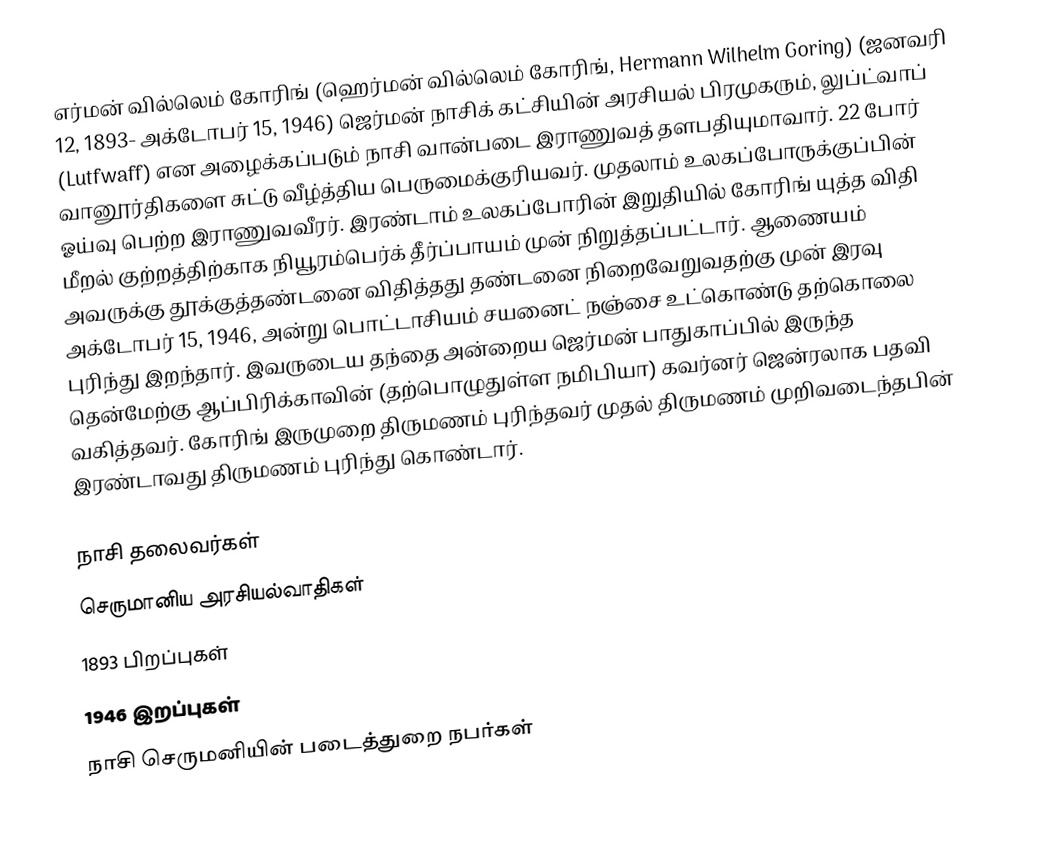
எர்மன் வில்லெம் கோரிங் (ஹெர்மன் வில்லெம் கோரிங், Hermann Wilhelm Goring) (ஜனவரி 12, 1893- அக்டோபர் 15, 1946) ஜெர்மன் நாசிக் கட்சியின் அரசியல் பிரமுகரும், லுப்ட்வாப் (Lutfwaff) என அழைக்கப்படும் நாசி வான்படை இராணுவத் தளபதியுமாவார். 22 போர் வானூர்திகளை சுட்டு வீழ்த்திய பெருமைக்குரியவர். முதலாம் உலகப்போருக்குப்பின் ஓய்வு பெற்ற இராணுவவீரர். இரண்டாம் உலகப்போரின் இறுதியில் கோரிங் யுத்த விதி மீறல் குற்றத்திற்காக நியூரம்பெர்க் தீர்ப்பாயம் முன் நிறுத்தப்பட்டார். ஆணையம் அவருக்கு தூக்குத்தண்டனை விதித்தது தண்டனை நிறைவேறுவதற்கு முன் இரவு அக்டோபர் 15, 1946, அன்று பொட்டாசியம் சயனைட் நஞ்சை உட்கொண்டு தற்கொலை புரிந்து இறந்தார். இவருடைய தந்தை அன்றைய ஜெர்மன் பாதுகாப்பில் இருந்த தென்மேற்கு ஆப்பிரிக்காவின் (தற்பொழுதுள்ள நமிபியா) கவர்னர் ஜென்ரலாக பதவி வகித்தவர். கோரிங் இருமுறை திருமணம் புரிந்தவர் முதல் திருமணம் முறிவடைந்தபின் இரண்டாவது திருமணம் புரிந்து கொண்டார்.

நாசி தலைவர்கள்
செருமானிய அரசியல்வாதிகள்
1893 பிறப்புகள்
1946 இறப்புகள்
நாசி செருமனியின் படைத்துறை நபர்கள்